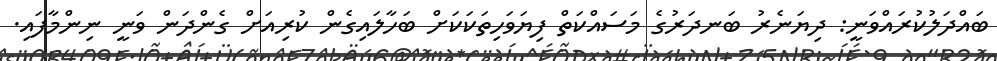
ބައްދަލުކުރައްވަނީ: ދިޔަނެރު ބަނދަރުގެ މަސައްކަތް ފިޔަވަހިތަކަކަށް ބަހާލައިގެން ކުރިއަށް ގެންދަން ވަނީ ނިންމާފައި.